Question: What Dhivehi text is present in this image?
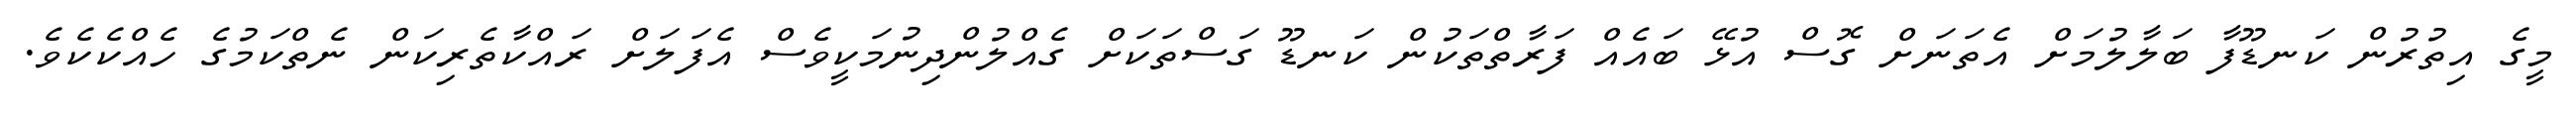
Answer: މީގެ އިތުރުން ކަނޑޫފާ ބަލާލުމަށް އެތަނަށް ގޮސް އުޅޭ ބައެއް ފަރާތްތަކުން ކަނޑޫ ގަސްތަކަށް ގެއްލުންދިނުމަކީވެސް އެފަލަށް ރައްކާތެރިކަން ނެތްކަމުގެ ހެއްކެކެވެ.